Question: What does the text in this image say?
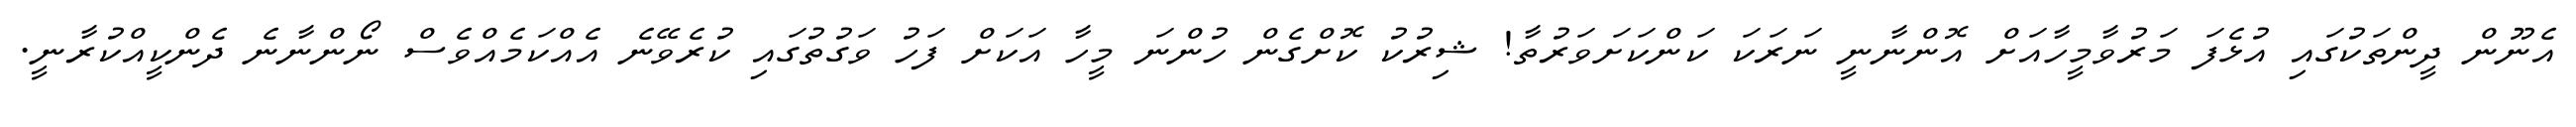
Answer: އެނޫން ދީންތަކުގައި އުޅެފަ މަރުވާމީހާއަށް އޮންނާނީ ނަރަކަ ކަންކަށަވަރުތާ! ޝިރުކު ކޮށްގެން ހުންނަ މީހާ އަކަށް ފަހު ވަގުތުގައި ކުރެވޭނެ އެއްކަމެއްވެސް ނޯންނާނެ ދެންކީއްކުރާނީ.